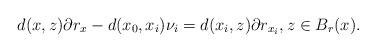
LaTeX: \begin{align*}d(x,z)\partial r_x-d(x_0,x_i)\nu_i=d(x_i,z)\partial r_{x_i}, z\in B_r(x).\end{align*}